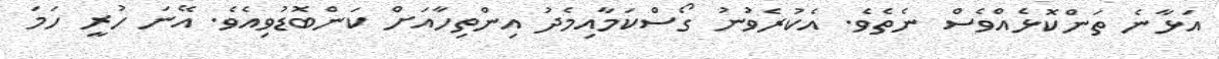
އަޅާނެ ތަންކޮޅެއްވެސް ނެތެވެ. އެކުރެވުނު ގޯސްކަމާއިމެދު އިންތިހާއަށް ކަންބޮޑުވިއެވެ. އޭނަ ހުރީ ހަމަ